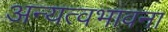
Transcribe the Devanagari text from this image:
अन्यत्वभावना